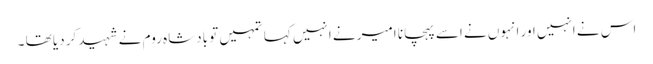
اس نے انہیں اور انہوں نے اسے پہچانا امیر نے انہیں کہا تمہیں تو بادشاہ روم نے شہید کر دیا تھا ۔